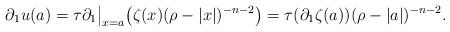
LaTeX: \begin{align*}\partial_1 u(a) = \tau \partial_1 \big \vert_{x=a} \big ( \zeta (x) (\rho - \vert x \vert )^{-n-2} \big )= \tau (\partial_1 \zeta (a)) (\rho - \vert a \vert )^{-n-2} .\end{align*}